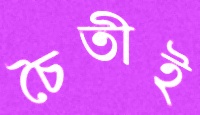
চৈতীই